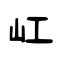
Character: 屸